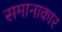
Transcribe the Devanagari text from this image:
समानाकार